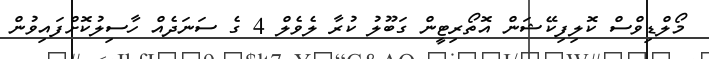
މޯލްޑިވްސް ކޮލިފިކޭޝަން އޮތޯރިޓީން ގަބޫލު ކުރާ ލެވެލް 4 ގެ ސަނަދެއް ހާސިލުކޮށްފައިވުން